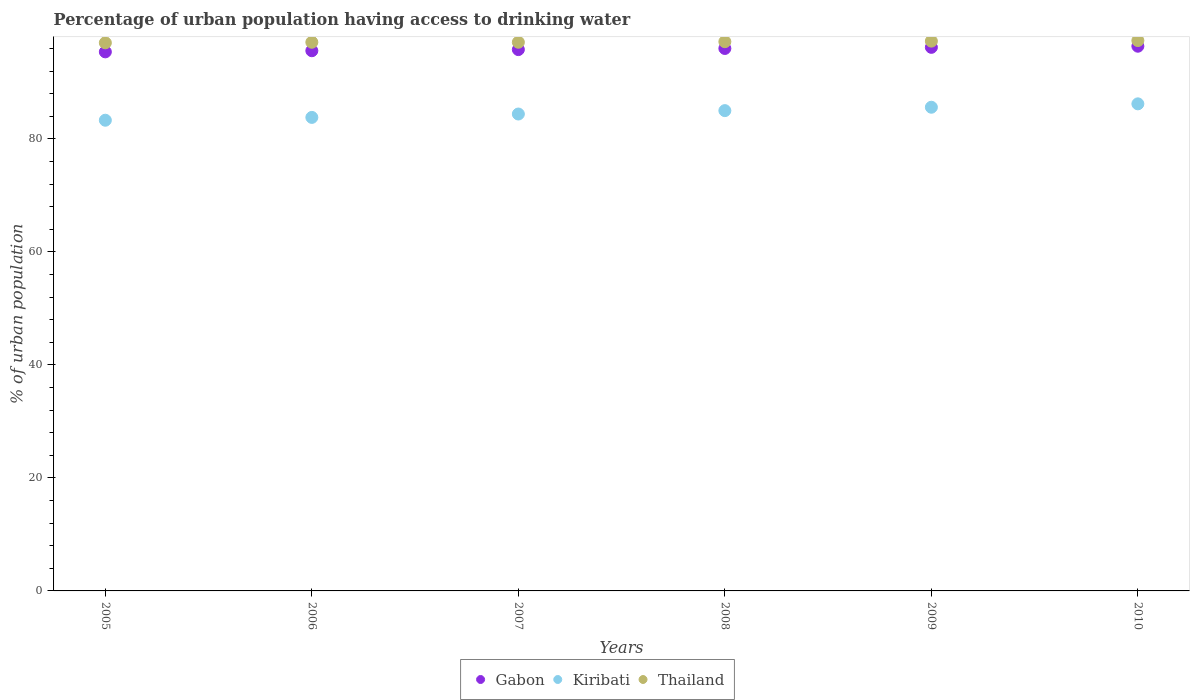
| Years | Gabon | Kiribati | Thailand |
 | --- | --- | --- | --- |
 | 2005 | 95.4 | 83.3 | 97 |
 | 2006 | 95.6 | 83.8 | 97.1 |
 | 2007 | 95.8 | 84.4 | 97.1 |
 | 2008 | 96 | 85 | 97.2 |
 | 2009 | 96.2 | 85.6 | 97.3 |
 | 2010 | 96.4 | 86.2 | 97.4 |